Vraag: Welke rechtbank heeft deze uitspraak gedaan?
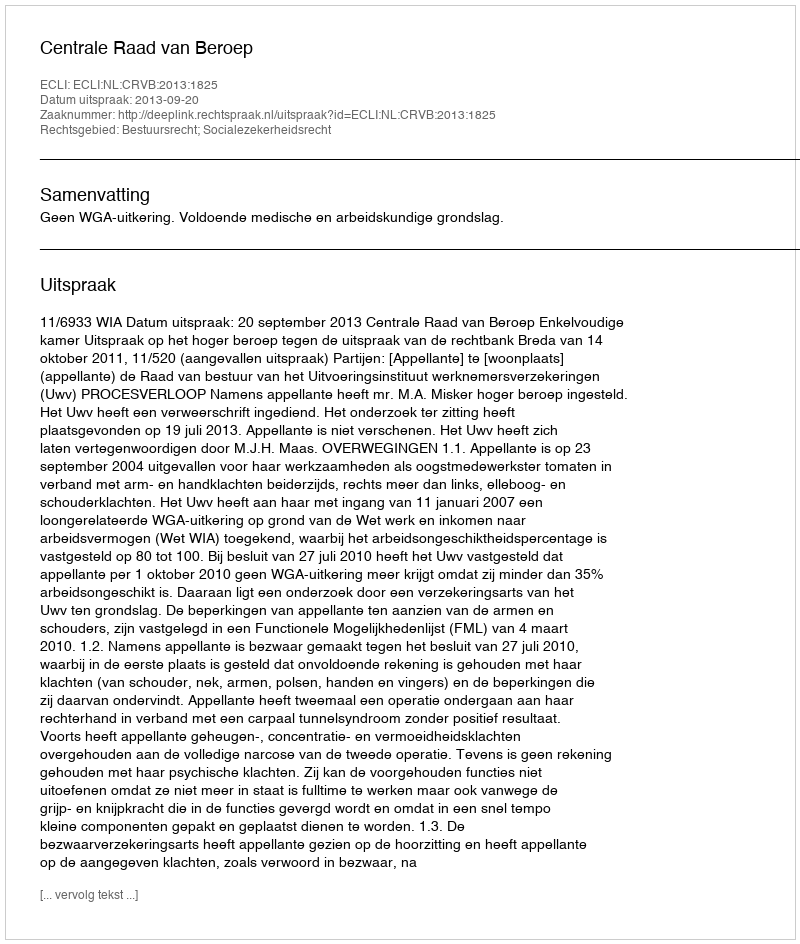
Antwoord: Centrale Raad van Beroep